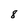
Character: 8